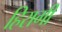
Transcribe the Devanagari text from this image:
हिरागी